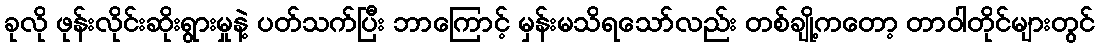
ခုလို ဖုန်းလိုင်းဆိုးရွားမှုနဲ့ ပတ်သက်ပြီး ဘာကြောင့် မှန်းမသိရသော်လည်း တစ်ချို့ကတော့ တာဝါတိုင်များတွင်